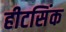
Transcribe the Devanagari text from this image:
हीटसिंक